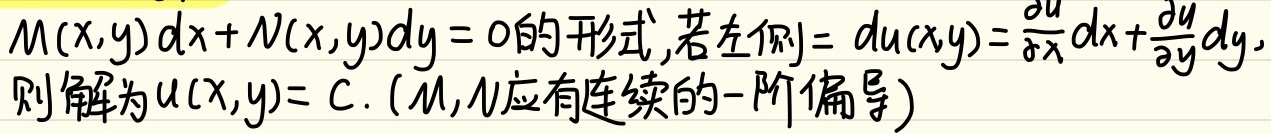
对于方程\(M(x,y)dx + N(x,y)dy = 0\)，若其左侧\(=du(x,y)=\frac{\partial u}{\partial x}dx+\frac{\partial u}{\partial y}dy\)，则该方程的解为\(u(x,y)=C\)。（其中\(M,N\)应有连续的一阶偏导）